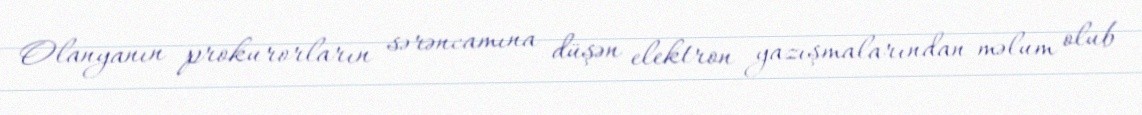
Olanyanın prokurorların sərəncamına düşən elektron yazışmalarından məlum olub